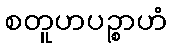
စတူဟပဉ္စာဟံ